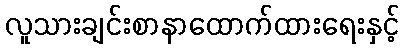
လူသားချင်းစာနာထောက်ထားရေးနှင့်